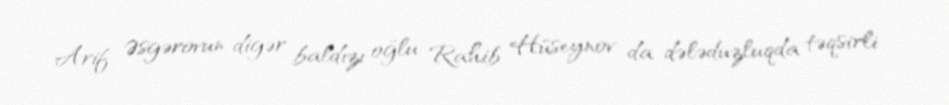
Arif Əsgərovun digər baldızı oğlu Rahib Hüseynov da dələduzluqda təqsirli